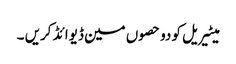
میٹیریل کو دو حصوں مین ڈیوائڈ کریں ۔